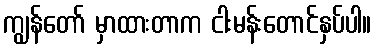
ကျွန်တော် မှာထားတာက ငါးမန်းတောင်နှပ်ပါ။